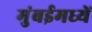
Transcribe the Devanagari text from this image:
मुंबईमध्यें